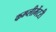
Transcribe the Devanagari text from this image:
कम्प्लीमेंटरी